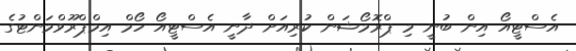
އެސްޓީއޯ އިން ބުނީ މި ޕްރޮމޯޝަން ކުރިއަށް ދާނީ އެސްޓީއޯ ހޯމް އިމްޕްރޫވްމަންޓުގެ